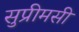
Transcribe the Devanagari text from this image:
सुप्रीमसी